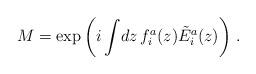
LaTeX: \begin{align*} M=\exp\left(i\int \!dz\,f_i^a(z)\tilde{E}_i^a(z)\right)\,.\end{align*}